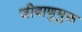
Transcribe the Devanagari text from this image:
जीवाणुमुक्त